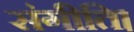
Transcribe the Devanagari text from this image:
संगीति।